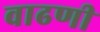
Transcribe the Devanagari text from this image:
वाढणी